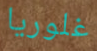
غلوريا